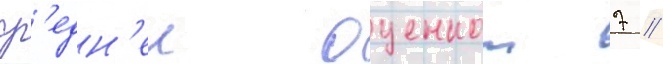
ср'едн'еи оценкои 7 /